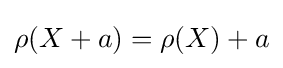
\rho (X+a)=\rho (X)+a